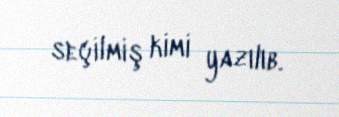
seçilmiş kimi yazılıb.